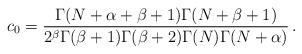
LaTeX: \begin{align*}c_{0}= {\Gamma(N+\alpha+\beta+1)\Gamma(N+\beta+1)\over 2^\beta\Gamma(\beta+1)\Gamma(\beta+2)\Gamma(N)\Gamma(N+\alpha)}\,.\end{align*}